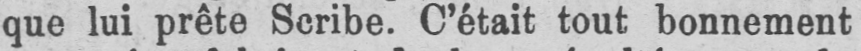
que lui prête Scribe. C’était tout bonnement